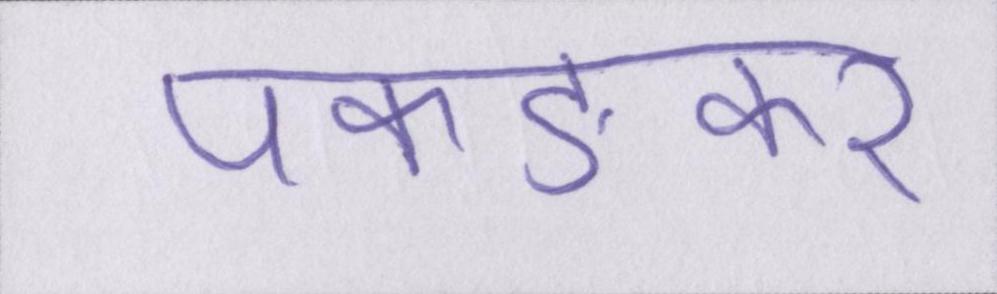
पकङकर